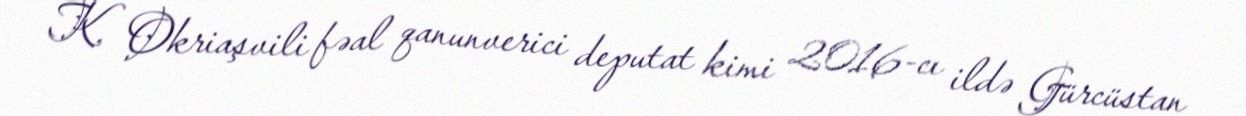
K. Okriaşvili fəal qanunverici deputat kimi 2016-cı ildə Gürcüstan